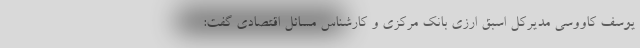
یوسف کاووسی مدیرکل اسبق ارزی بانک مرکزی و کارشناس مسائل اقتصادی گفت: